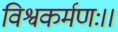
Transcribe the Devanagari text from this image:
विश्वकर्मणः।।